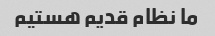
ما نظام قدیم هستیم